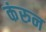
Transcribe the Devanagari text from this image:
कंरुन